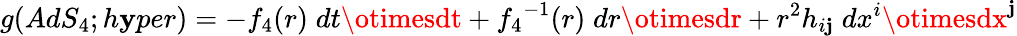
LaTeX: g(AdS_{4};h\mathbf{y}per)=-{f_{4}}(r)\; dt\otimesdt+{f_{4}}^{-1}(r)\; dr\otimesdr+r^{2}h_{i\mathbf{j}}\; dx^{i}\otimesdx^{\mathbf{j}}